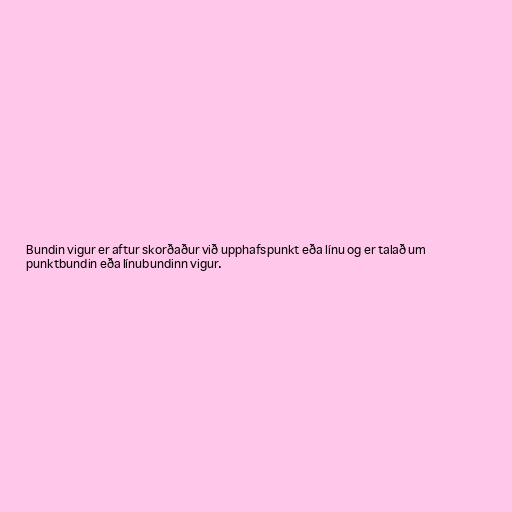
Bundin vigur er aftur skorðaður við upphafspunkt eða línu og er talað um
punktbundin eða línubundinn vigur.